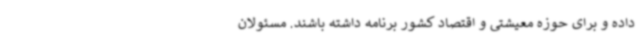
داده و برای حوزه معیشتی و اقتصاد کشور برنامه داشته باشند. مسئولان